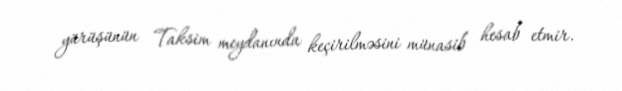
yürüşünün Taksim meydanında keçirilməsini münasib hesab etmir.